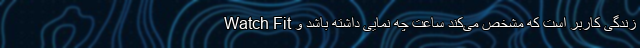
زندگی کاربر است که مشخص می‌کند ساعت چه نمایی داشته باشد و Watch Fit